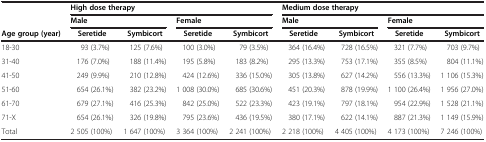
<table><thead><tr><td><b> </b></td><td colspan="4"><b>High dose therapy</b></td><td colspan="4"><b>Medium dose therapy</b></td></tr><tr><td><b> </b></td><td colspan="2"><b>Male</b></td><td colspan="2"><b>Female</b></td><td colspan="2"><b>Male</b></td><td colspan="2"><b>Female</b></td></tr><tr><td><b>Age group (year)</b></td><td><b>Seretide</b></td><td><b>Symbicort</b></td><td><b>Seretide</b></td><td><b>Symbicort</b></td><td><b>Seretide</b></td><td><b>Symbicort</b></td><td><b>Seretide</b></td><td><b>Symbicort</b></td></tr></thead><tbody><tr><td>18-30</td><td>93 (3.7%)</td><td>125 (7.6%)</td><td>100 (3.0%)</td><td>79 (3.5%)</td><td>364 (16.4%)</td><td>728 (16.5%)</td><td>321 (7.7%)</td><td>703 (9.7%)</td></tr><tr><td>31-40</td><td>176 (7.0%)</td><td>188 (11.4%)</td><td>195 (5.8%)</td><td>183 (8.2%)</td><td>295 (13.3%)</td><td>753 (17.1%)</td><td>355 (8.5%)</td><td>804 (11.1%)</td></tr><tr><td>41-50</td><td>249 (9.9%)</td><td>210 (12.8%)</td><td>424 (12.6%)</td><td>336 (15.0%)</td><td>305 (13.8%)</td><td>627 (14.2%)</td><td>556 (13.3%)</td><td>1 106 (15.3%)</td></tr><tr><td>51-60</td><td>654 (26.1%)</td><td>382 (23.2%)</td><td>1 008 (30.0%)</td><td>685 (30.6%)</td><td>451 (20.3%)</td><td>878 (19.9%)</td><td>1 100 (26.4%)</td><td>1 956 (27.0%)</td></tr><tr><td>61-70</td><td>679 (27.1%)</td><td>416 (25.3%)</td><td>842 (25.0%)</td><td>522 (23.3%)</td><td>423 (19.1%)</td><td>797 (18.1%)</td><td>954 (22.9%)</td><td>1 528 (21.1%)</td></tr><tr><td>71-X</td><td>654 (26.1%)</td><td>326 (19.8%)</td><td>795 (23.6%)</td><td>436 (19.5%)</td><td>380 (17.1%)</td><td>622 (14.1%)</td><td>887 (21.3%)</td><td>1 149 (15.9%)</td></tr><tr><td>Total</td><td>2 505 (100%)</td><td>1 647 (100%)</td><td>3 364 (100%)</td><td>2 241 (100%)</td><td>2 218 (100%)</td><td>4 405 (100%)</td><td>4 173 (100%)</td><td>7 246 (100%)</td></tr></tbody></table>